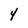
Character: 4